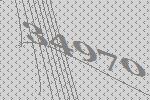
34970